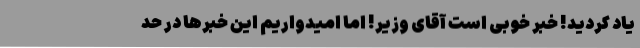
یاد کردید! خبر خوبی است آقای وزیر! اما امیدواریم این خبرها در حد